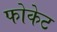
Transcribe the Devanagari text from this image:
फोकेट